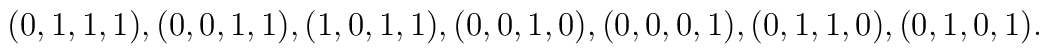
(0,1,1,1), (0,0,1,1), (1,0,1,1), (0,0,1,0), (0,0,0,1), (0,1,1,0), (0,1,0,1).